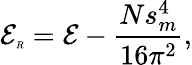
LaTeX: {\cal E}_{\tiny R}={\cal E}-\frac{Ns_{m}^{4}}{16\pi^{2}},